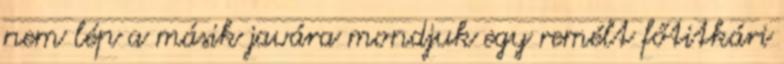
nem lép a másik javára mondjuk egy remélt főtitkári